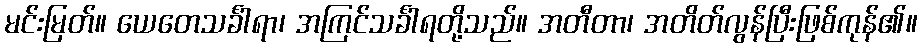
မင်းမြတ်။ ယေတေသင်္ခါရာ၊ အကြင်သင်္ခါရတို့သည်။ အတီတာ၊ အတိတ်လွန်ပြီးဖြစ်ကုန်၏။